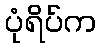
ပုံရိပ်က